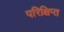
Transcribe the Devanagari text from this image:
परिक्षिप्त